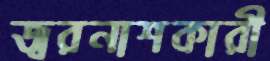
জ্বরনাশকারী